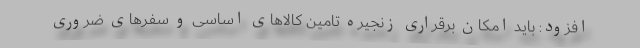
افزود: باید امکان برقراری زنجیره تامین کالاهای اساسی و سفرهای ضروری